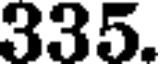
335.